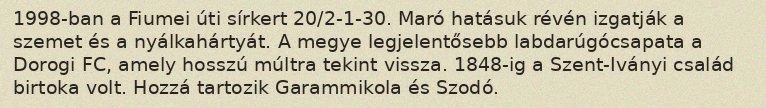
1998-ban a Fiumei úti sírkert 20/2-1-30. Maró hatásuk révén izgatják a szemet és a nyálkahártyát. A megye legjelentősebb labdarúgócsapata a Dorogi FC, amely hosszú múltra tekint vissza. 1848-ig a Szent-Iványi család birtoka volt. Hozzá tartozik Garammikola és Szodó.